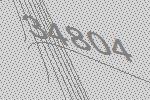
34804